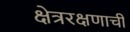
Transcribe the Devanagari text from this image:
क्षेत्ररक्षणाची